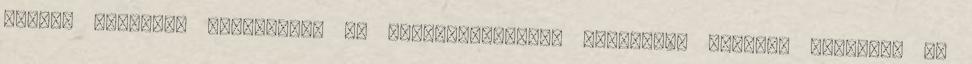
FERENC FŐVÁROSI PEDAGÓGIAI ÉS PÁLYAVÁLASZTÁSI TANÁCSADÓ INTÉZET EGYETEMI ÉS